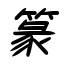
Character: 篆